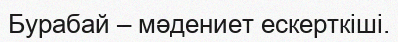
Бурабай – мәдениет ескерткіші.